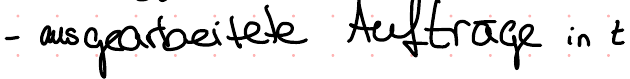
- ausgearbeitete Aufträge in t